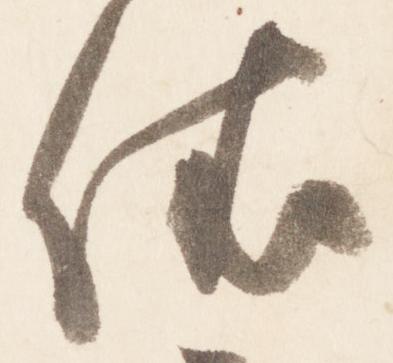
依